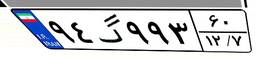
۱۴گ۴۲۱۷۹